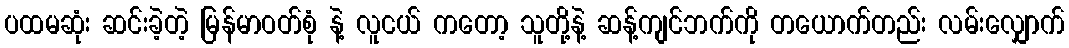
ပထမဆုံး ဆင်းခဲ့တဲ့ မြန်မာဝတ်စုံ နဲ့ လူငယ် ကတော့ သူတို့နဲ့ ဆန့်ကျင်ဘက်ကို တယောက်တည်း လမ်းလျှောက်